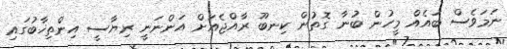
ނަމަވެސް ބައެއް މީހުން ބުނާ ގޮތުން ކިނބޫ ރާއްޖެއަށް އަންނަނީ ރިޔާސީ އިންތިޚާބުގައި